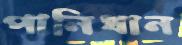
পানিধান